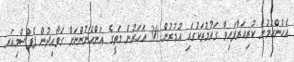
އެހެންކަމުން ކުރިއަރާފައިވާ ގައުމުތަކުގައި އުމުރުން 30 އަހަރުން މަތީގެ އަންހެނުންނަށް ގަވާއިދުން ޕެޕްސްމިއަރ